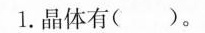
1. 晶体有（）